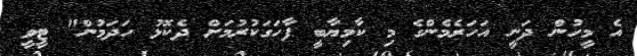
އެ މީހުން ދަނީ އަހަރެމެންގެ މި ކާމިޔާބީ ފާހަގަކުރުމަށް ދެކޮޅު ހަދަމުން" ޓީވީ